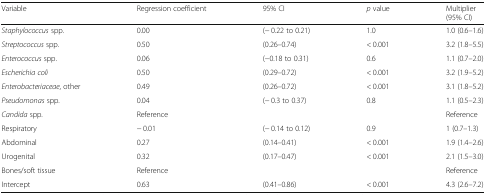
<table><thead><tr><td><b>Variable</b></td><td><b>Regression coefficient</b></td><td><b>95% CI</b></td><td><b><i>p</i> value</b></td><td><b>Multiplier(95% CI)</b></td></tr></thead><tbody><tr><td><i>Staphylococcus</i> spp.</td><td>0.00</td><td>(− 0.22 to 0.21)</td><td>1.0</td><td>1.0 (0.6–1.6)</td></tr><tr><td><i>Streptococcus</i> spp.</td><td>0.50</td><td>(0.26–0.74)</td><td>&lt; 0.001</td><td>3.2 (1.8–5.5)</td></tr><tr><td><i>Enterococcus</i> spp.</td><td>0.06</td><td>(−0.18 to 0.31)</td><td>0.6</td><td>1.1 (0.7–2.0)</td></tr><tr><td><i>Escherichia coli</i></td><td>0.50</td><td>(0.29–0.72)</td><td>&lt; 0.001</td><td>3.2 (1.9–5.2)</td></tr><tr><td><i>Enterobacteriaceae</i>, other</td><td>0.49</td><td>(0.26–0.72)</td><td>&lt; 0.001</td><td>3.1 (1.8–5.2)</td></tr><tr><td><i>Pseudomonas</i> spp.</td><td>0.04</td><td>(− 0.3 to 0.37)</td><td>0.8</td><td>1.1 (0.5–2.3)</td></tr><tr><td><i>Candida</i> spp.</td><td>Reference</td><td></td><td></td><td>Reference</td></tr><tr><td>Respiratory</td><td>− 0.01</td><td>(− 0.14 to 0.12)</td><td>0.9</td><td>1 (0.7–1.3)</td></tr><tr><td>Abdominal</td><td>0.27</td><td>(0.14–0.41)</td><td>&lt; 0.001</td><td>1.9 (1.4–2.6)</td></tr><tr><td>Urogenital</td><td>0.32</td><td>(0.17–0.47)</td><td>&lt; 0.001</td><td>2.1 (1.5–3.0)</td></tr><tr><td>Bones/soft tissue</td><td>Reference</td><td></td><td></td><td>Reference</td></tr><tr><td>Intercept</td><td>0.63</td><td>(0.41–0.86)</td><td>&lt; 0.001</td><td>4.3 (2.6–7.2)</td></tr></tbody></table>